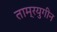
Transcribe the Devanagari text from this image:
ताम्रयुगीन